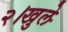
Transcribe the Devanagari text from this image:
२।खुले